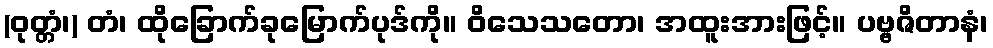
(ဝုတ္တံ၊) တံ၊ ထိုခြောက်ခုမြောက်ပုဒ်ကို။ ဝိသေသတော၊ အထူးအားဖြင့်။ ပဗ္ဗဇိတာနံ၊